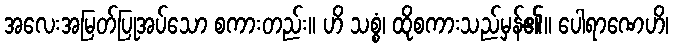
အလေးအမြတ်ပြုအပ်သော စကားတည်း။ ဟိ သစ္စံ၊ ထိုစကားသည်မှန်၏။ ပေါရာဏေဟိ၊